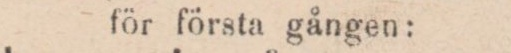
för första gången: